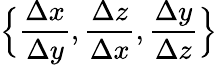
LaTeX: \Big\{ \frac{\Delta x}{\Delta y},\frac{\Delta z}{\Delta x},\frac{\Delta y}{\Delta z}\Big\}